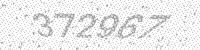
Solution: 372967